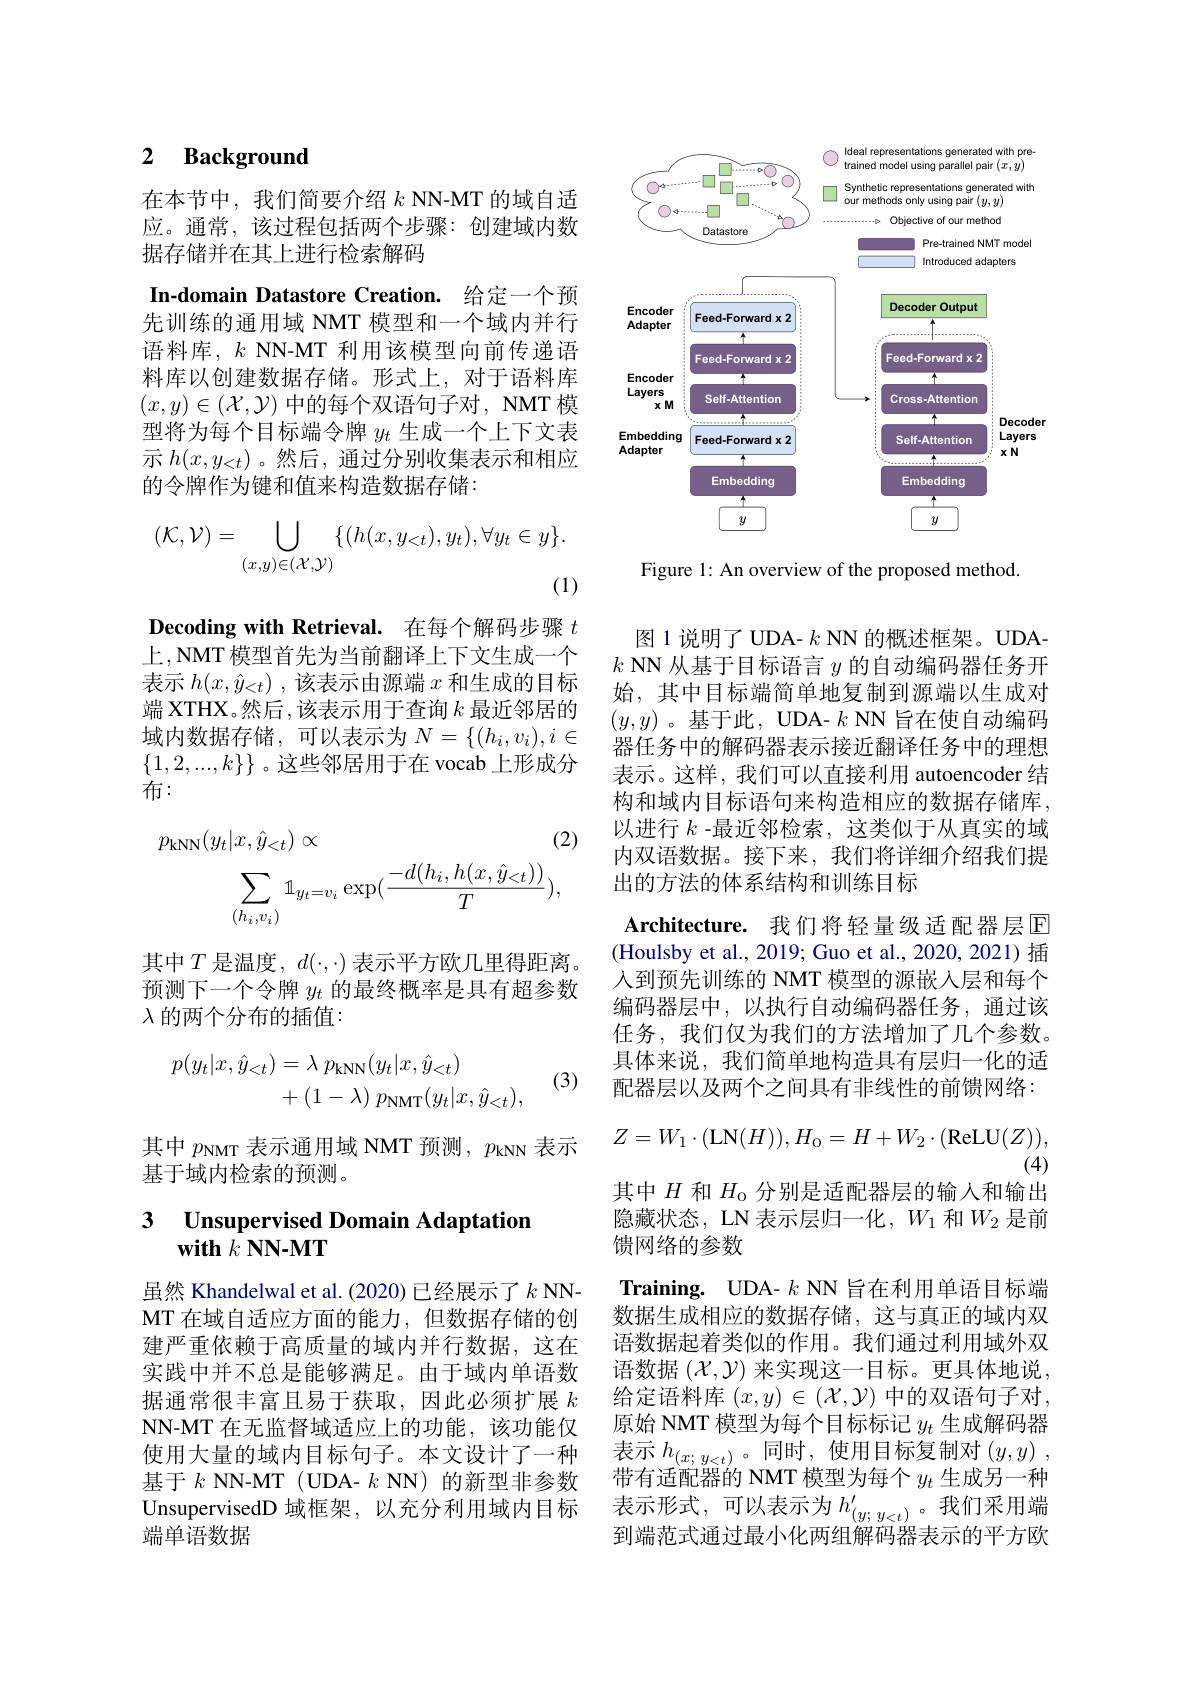
## 2 Background

In-domain Datastore Creation. 给定一个预

在本节中，我们简要介绍$k$ NN-MT 的域自适应。通常，该过程包括两个步骤：创建域内数据存储并在其上进行检索解码
先训练的通用域 NMT 模型和一个域内并行语料库，$k$ NN-MT 利用该模型向前传递语料库以创建数据存储。形式上，对于语料库$(x,y)\in(\mathcal{X},\mathcal{Y})$中的每个双语句子对，NMT 模型将为每个目标端令牌$y_t$生成一个上下文表示$h(x,y_{<t})$ 。然后，通过分别收集表示和相应的令牌作为键和值来构造数据存储：
$$(\mathcal{K},\mathcal{V})=\bigcup_{(x,y)\in(\mathcal{X},\mathcal{Y})}\{(h(x,y_{<t}),y_t),\forall y_t\in y\}.$$
Decoding with Retrieval. 在每个解码步骤$t$ 上，NMT 模型首先为当前翻译上下文生成一个表示$h(x,\hat{y}_{<t})$ ,该表示由源端$x$和生成的目标端 XTHX。然后，该表示用于查询$k$最近邻居的域内数据存储，可以表示为$N=\{(h_i,v_i),i\in$ $\{1,2,...,k\}\}$ 。这些邻居用于在 vocab 上形成分布：
$$\begin{aligned}p_{\mathrm{kNN}}(y_{t}|x,\hat{y}_{<t})&\propto\\\sum_{(h_{i},v_{i})}\mathbb{1}_{y_{t}=v_{i}}\exp(\frac{-d(h_{i},h(x,\hat{y}_{<t}))}{T}),\end{aligned}$$
其中$T$ 是温度，$d(\cdot,\cdot)$ 表示平方欧几里得距离。预测下一个令牌$y_t$的最终概率是具有超参数$\lambda$的两个分布的插值：

(3)
$$\begin{aligned}p(y_t|x,\hat{y}_{<t})&=\lambda\:p_{\mathrm{kNN}}(y_t|x,\hat{y}_{<t})\\&+(1-\lambda)\:p_{\mathrm{NMT}}(y_t|x,\hat{y}_{<t}),\end{aligned}$$
其中$p_\mathrm{NMT}$表示通用域 NMT 预测，$p_\mathrm{kNN}$表示
基于域内检索的预测。

### 3 $\textbf{Unsupervised Domain Adaptation}$ $\mathbf{with}k\mathbf{NN-MT}$

虽然 Khandelwal et al. (2020) 已经展示了$k$ NNMT 在域自适应方面的能力，但数据存储的创建严重依赖于高质量的域内并行数据，这在实践中并不总是能够满足。由于域内单语数据通常很丰富且易于获取，因此必须扩展$k$ NN-MT 在无监督域适应上的功能，该功能仅使用大量的域内目标句子。本文设计了一种基于$k$ NN-MT(UDA- $k$ NN)的新型非参数UnsupervisedD 域框架，以充分利用域内目标端单语数据

<FigureHere>

Figure 1: An overview of the proposed method.

图 1 说明了 UDA- $k$ NN 的概述框架。UDA- $k$ NN 从基于目标语言$y$的自动编码器任务开始，其中目标端简单地复制到源端以生成对$(y,y)$ 。基于此，UDA- $k$ NN 旨在使自动编码器任务中的解码器表示接近翻译任务中的理想表示。这样，我们可以直接利用 autoencoder 结构和域内目标语句来构造相应的数据存储库以进行$k$ -最近邻检索，这类似于从真实的域内双语数据。接下来，我们将详细介绍我们提出的方法的体系结构和训练目标

$\textbf{Architecture. 我 们 将 轻 量 级 适 配 器 层 }\overline {\mathrm{E} }$ (Houlsby et al., 2019; Guo et al., 2020, 2021) 插人到预先训练的 NMT 模型的源嵌入层和每个编码器层中，以执行自动编码器任务，通过该任务，我们仅为我们的方法增加了几个参数。具体来说，我们简单地构造具有层归一化的适配器层以及两个之间具有非线性的前馈网络：
$$Z=W_1\cdot(\mathrm{LN}(H)),H_0=H+W_2\cdot(\mathrm{ReLU}(Z)),$$
(4)
其中$H$和$H_\mathrm{o}$分别是适配器层的输入和输出隐藏状态，LN 表示层归一化，$W_1$和$W_2$是前馈网络的参数
Training. UDA- $k$ NN 旨在利用单语目标端数据生成相应的数据存储，这与真正的域内双语数据起着类似的作用。我们通过利用域外双语数据$(\mathcal{X},\mathcal{Y})$来实现这一目标。更具体地说， 给定语料库 $(x,y)\in(\mathcal{X},\mathcal{Y})$ 中的双语句子对， 原始 NMT 模型为每个目标标记$y_t$生成解码器表示 $h_{(x;y<t)}$。同时，使用目标复制对$\left(y,y\right)$, 带有适配器的 NMT 模型为每个$y_t$生成另一种表示形式，可以表示为$h_(y;y<t)^{\prime}$。我们采用端到端范式通过最小化两组解码器表示的平方欧